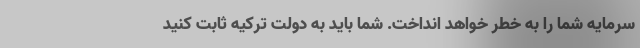
سرمایه شما را به خطر خواهد انداخت. شما باید به دولت ترکیه ثابت کنید